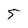
Character: 5